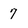
Character: 7